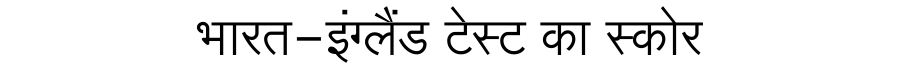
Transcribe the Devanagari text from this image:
भारत-इंग्लैंड टेस्ट का स्कोर